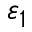
\varepsilon _ { 1 }